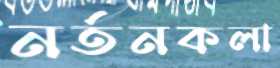
নর্তনকলা